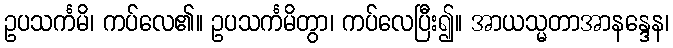
ဥပသင်္ကမိ၊ ကပ်လေ၏။ ဥပသင်္ကမိတွာ၊ ကပ်လေပြီး၍။ အာယသ္မတာအာနန္ဒေန၊